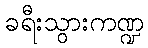
ခရီးသွားကဏ္ဍ